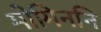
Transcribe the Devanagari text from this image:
मोमिननि